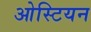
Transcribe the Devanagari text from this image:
ओस्टियन